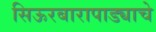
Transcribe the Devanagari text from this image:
सिऊरबारापाड्याचे